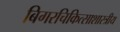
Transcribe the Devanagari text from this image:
बिगरचिकित्साशास्त्रीय